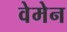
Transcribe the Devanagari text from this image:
वेमेन